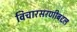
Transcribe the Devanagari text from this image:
विचारसरणीबद्दल